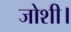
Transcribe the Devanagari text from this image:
जोशी।